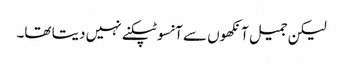
لیکن جمیل آنکھوں سے آنسو ٹپکنے نہیں دیتا تھا۔